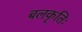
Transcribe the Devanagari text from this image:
बलकृतिः